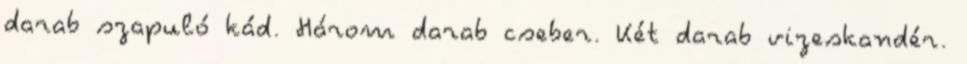
darab szapuló kád. Három darab cseber. Két darab vizeskandér.